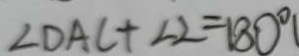
\angle D A C + \angle 2 = 1 8 0 ^ { \circ }